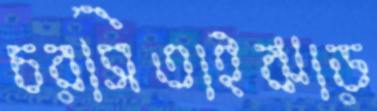
চরসিতাইঝাড়